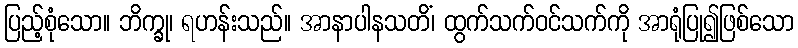
ပြည့်စုံသော။ ဘိက္ခု၊ ရဟန်းသည်။ အာနာပါနသတိံ၊ ထွက်သက်ဝင်သက်ကို အာရုံပြု၍ဖြစ်သော